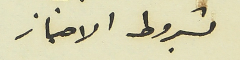
بشروط الامتياز